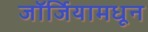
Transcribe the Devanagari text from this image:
जॉर्जियामधून